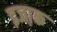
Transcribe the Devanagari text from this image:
इजा़क